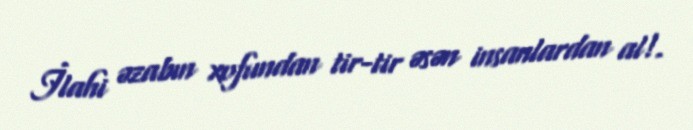
İlahi əzabın xofundan tir-tir əsən insanlardan al!.